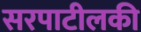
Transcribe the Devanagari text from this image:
सरपाटीलकी